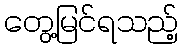
တွေ့မြင်ရသည့်